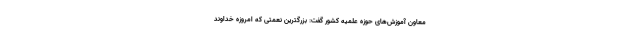
معاون آموزش‌های حوزه علمیه کشور گفت: بزرگترین نعمتی که امروزه خداوند